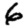
Digit: 6